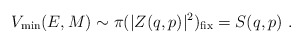
\begin{align*}V_{\rm min} (E,M) \sim \pi (|Z (q,p)|^2)_{\rm fix} = S(q,p) \ .\end{align*}